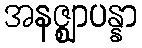
အနဇ္ဈာပန္နာ